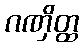
ဂဏှိတ္ထ